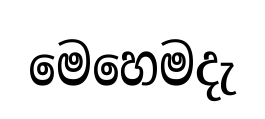
මෙහෙමදැ